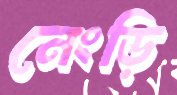
নেংড়ি